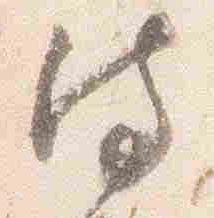
侍